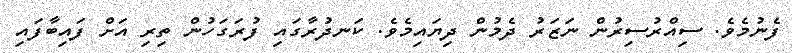
ފެނުމެވެ. ސިއްރުސިރުން ނަޒަރު ދެމުން ދިޔައިމެވެ. ކަނދުރާގައި ފުރަގަހުން ތިރި އަށް ފައިބާފައި